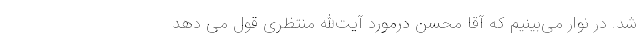
شد. در نوار می‌بینیم که آقا محسن درمورد آیت‌الله منتظری قول می دهد